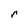
Character: r